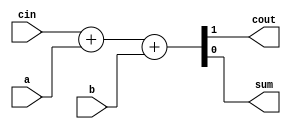
module fa(output wire cout, sum, input wire a, b, cin);

  assign{cout,sum} = cin + a + b;
//sum =  ((~cin) & x &(~y)) | ((~cin) &(~x)&y ) | (cin &(~x) &(~y)) | (cin & x & y);
//cout = ((~cin) & x &y) | ((cin) &(~x)&y ) | (cin &(x) &(~y)) | (cin & x & y);

endmodule